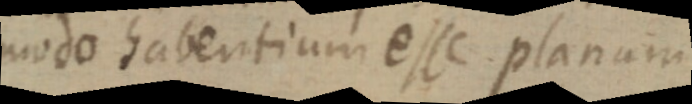
modo habentium esse planum